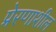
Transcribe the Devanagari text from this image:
प्रेरणाशील